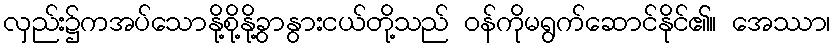
လှည်း၌ကအပ်သောနို့စို့နို့ခွာနွားငယ်တို့သည် ဝန်ကိုမရွက်ဆောင်နိုင်၏။ အေဿာ၊